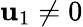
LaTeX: \mathbf{u}_{1}\neq0